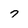
Character: 7